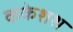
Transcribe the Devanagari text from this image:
ककेशश